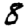
Digit: 8